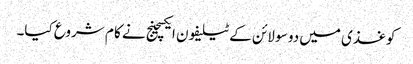
کوغذی میں دو سو لائن کے ٹیلیفون ایکسچینج نے کا م شروع کیا۔